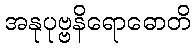
အနုပုဗ္ဗနိရောဓောတိ